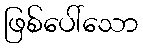
ဖြစ်ပေါ်သော